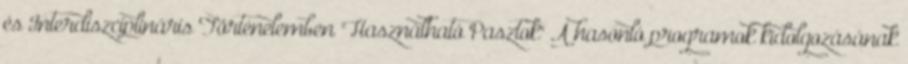
és Interdiszciplináris Történelemben "Használható Pasztok" A hasonló programok kidolgozásának